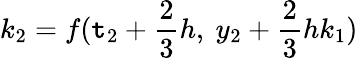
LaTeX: k_{2}=f(\mathtt{t}_{2}+{\frac{{2}}{{3}}}h,\ y_{2}+{\frac{{2}}{{3}}}hk_{1})